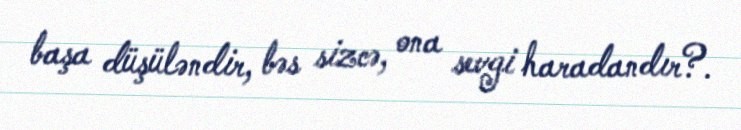
başa düşüləndir, bəs sizcə, ona sevgi haradandır?.